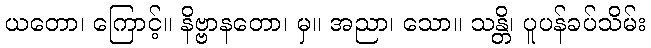
ယတော၊ ကြောင့်။ နိဗ္ဗာနတော၊ မှ။ အညာ၊ သော။ သန္တိ၊ ပူပန်ခပ်သိမ်း